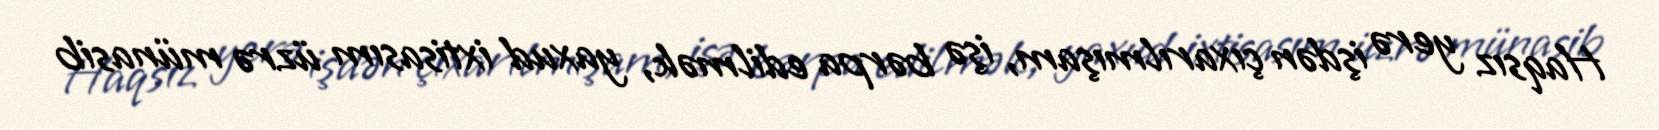
Haqsız yerə işdən çıxarılmışam, işə bərpa edilmək, yaxud ixtisasım üzrə münasib